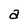
Character: a